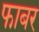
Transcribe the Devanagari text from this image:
फाबर